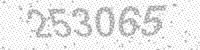
Solution: 253065